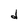
Character: d